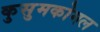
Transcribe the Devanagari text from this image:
कुसुमकोमल